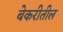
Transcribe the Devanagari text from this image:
बेकरीतील